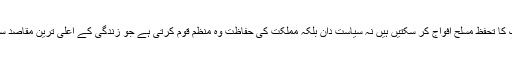
اس حقیقت سے انکار ممکن نہیں کہ کسی بھی ملک کا تحفظ مسلح افواج کر سکتیں ہیں نہ سیاست دان بلکہ مملکت کی حفاظت وہ منظم قوم کرتی ہے جو زندگی کے اعلیٰ ترین مقاصد سے آشنا اور اپنے حق حاکمیت کا ادارک رکھتی ہو۔